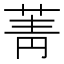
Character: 菁